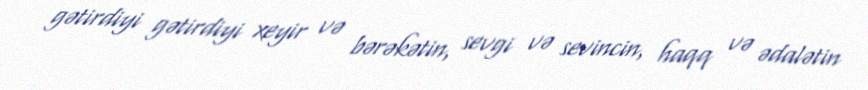
gətirdiyi gətirdiyi xeyir və bərəkətin, sevgi və sevincin, haqq və ədalətin